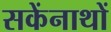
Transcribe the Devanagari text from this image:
सकेंनाथों